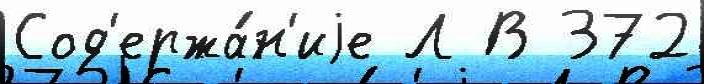
Сод'ержа́н'иjе Л В 372